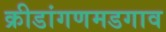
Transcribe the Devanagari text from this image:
क्रीडांगणमडगाव